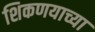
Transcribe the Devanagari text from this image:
शिकणयाच्या